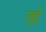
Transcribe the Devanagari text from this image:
लुुई